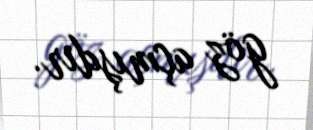
göz açmışdır.